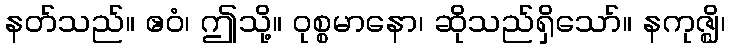
နတ်သည်။ ဧဝံ၊ ဤသို့။ ဝုစ္စမာနော၊ ဆိုသည်ရှိသော်။ နကုဇ္ဈိ၊